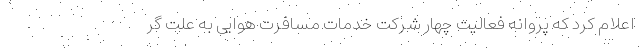
اعلام کرد که پروانه فعالیت چهار شرکت خدمات مسافرت هوایی به علت گر